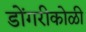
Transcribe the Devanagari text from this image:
डोंगरीकोळी